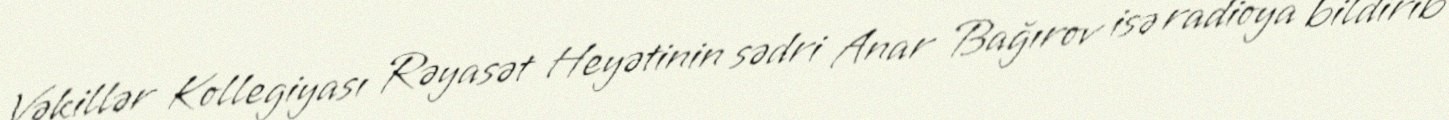
Vəkillər Kollegiyası Rəyasət Heyətinin sədri Anar Bağırov isə radioya bildirib